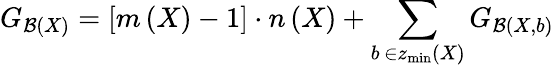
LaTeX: G_{{\cal B}\left(X\right)}=\left[m\left(X\right)-1\right]\cdot n\left(X\right)+\sum_{b\, \in z_{\operatorname*{min}}\left(X\right)}G_{{\cal B}\left(X,b\right)}